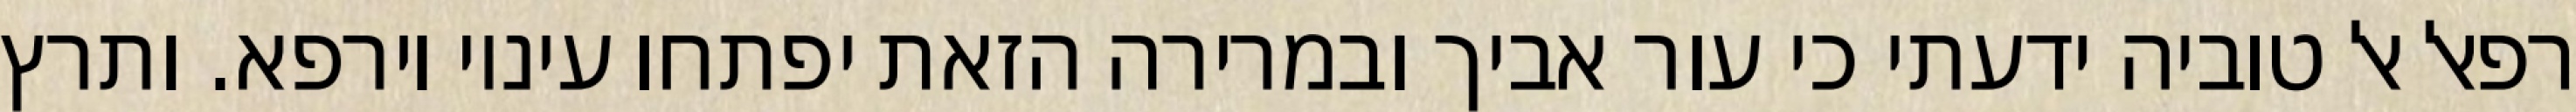
רפאל אל טוביה ידעתי כי עור אביך ובמרירה הזאת יפתחו עיניו וירפא. ותרץ